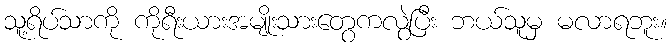
သူ့ရိပ်သာကို ကိုရီးယားအမျိုးသားတွေကလွဲပြီး ဘယ်သူမှ မလာရဘူး။